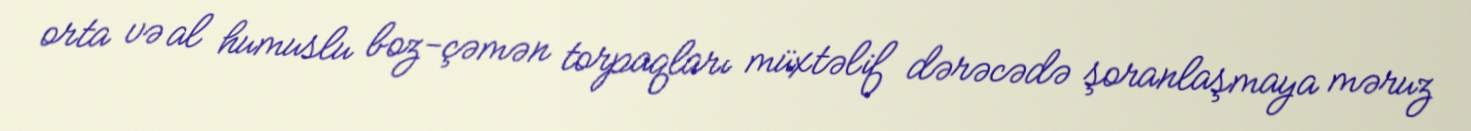
orta və al humuslu boz-çəmən torpaqları müxtəlif dərəcədə şoranlaşmaya məruz